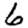
Digit: 6